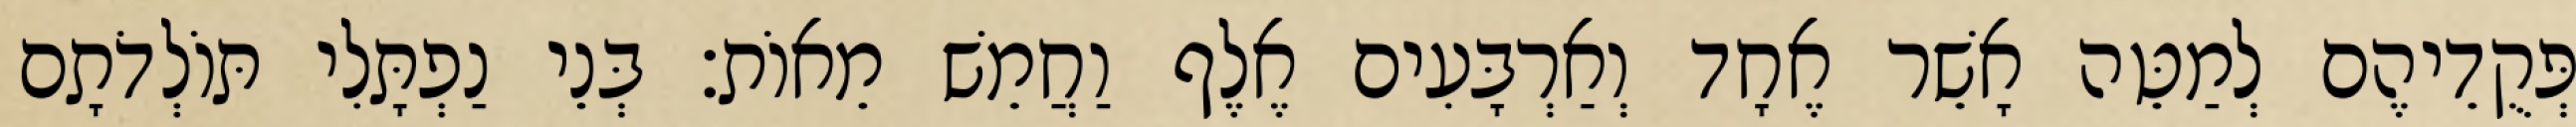
פְּקֻדֵיהֶם לְמַטֵּה אָשֵׁר אֶחָד וְאַרְבָּעִים אֶלֶף וַחֲמֵשׁ מֵאוֹת׃ בְּנֵי נַפְתָּלִי תּוֹלְדֹתָם